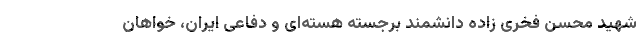
شهید محسن فخری زاده دانشمند برجسته هسته‌ای و دفاعی ایران، خواهان